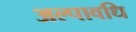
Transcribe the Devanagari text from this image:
अल्‍पावधि